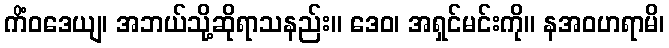
ကိံဝဒေယျ၊ အဘယ်သို့ဆိုရာသနည်း။ ဒေဝ၊ အရှင်မင်းကို။ နအဝဟရာမိ၊